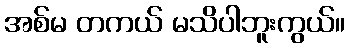
အစ်မ တကယ် မသိပါဘူးကွယ်။